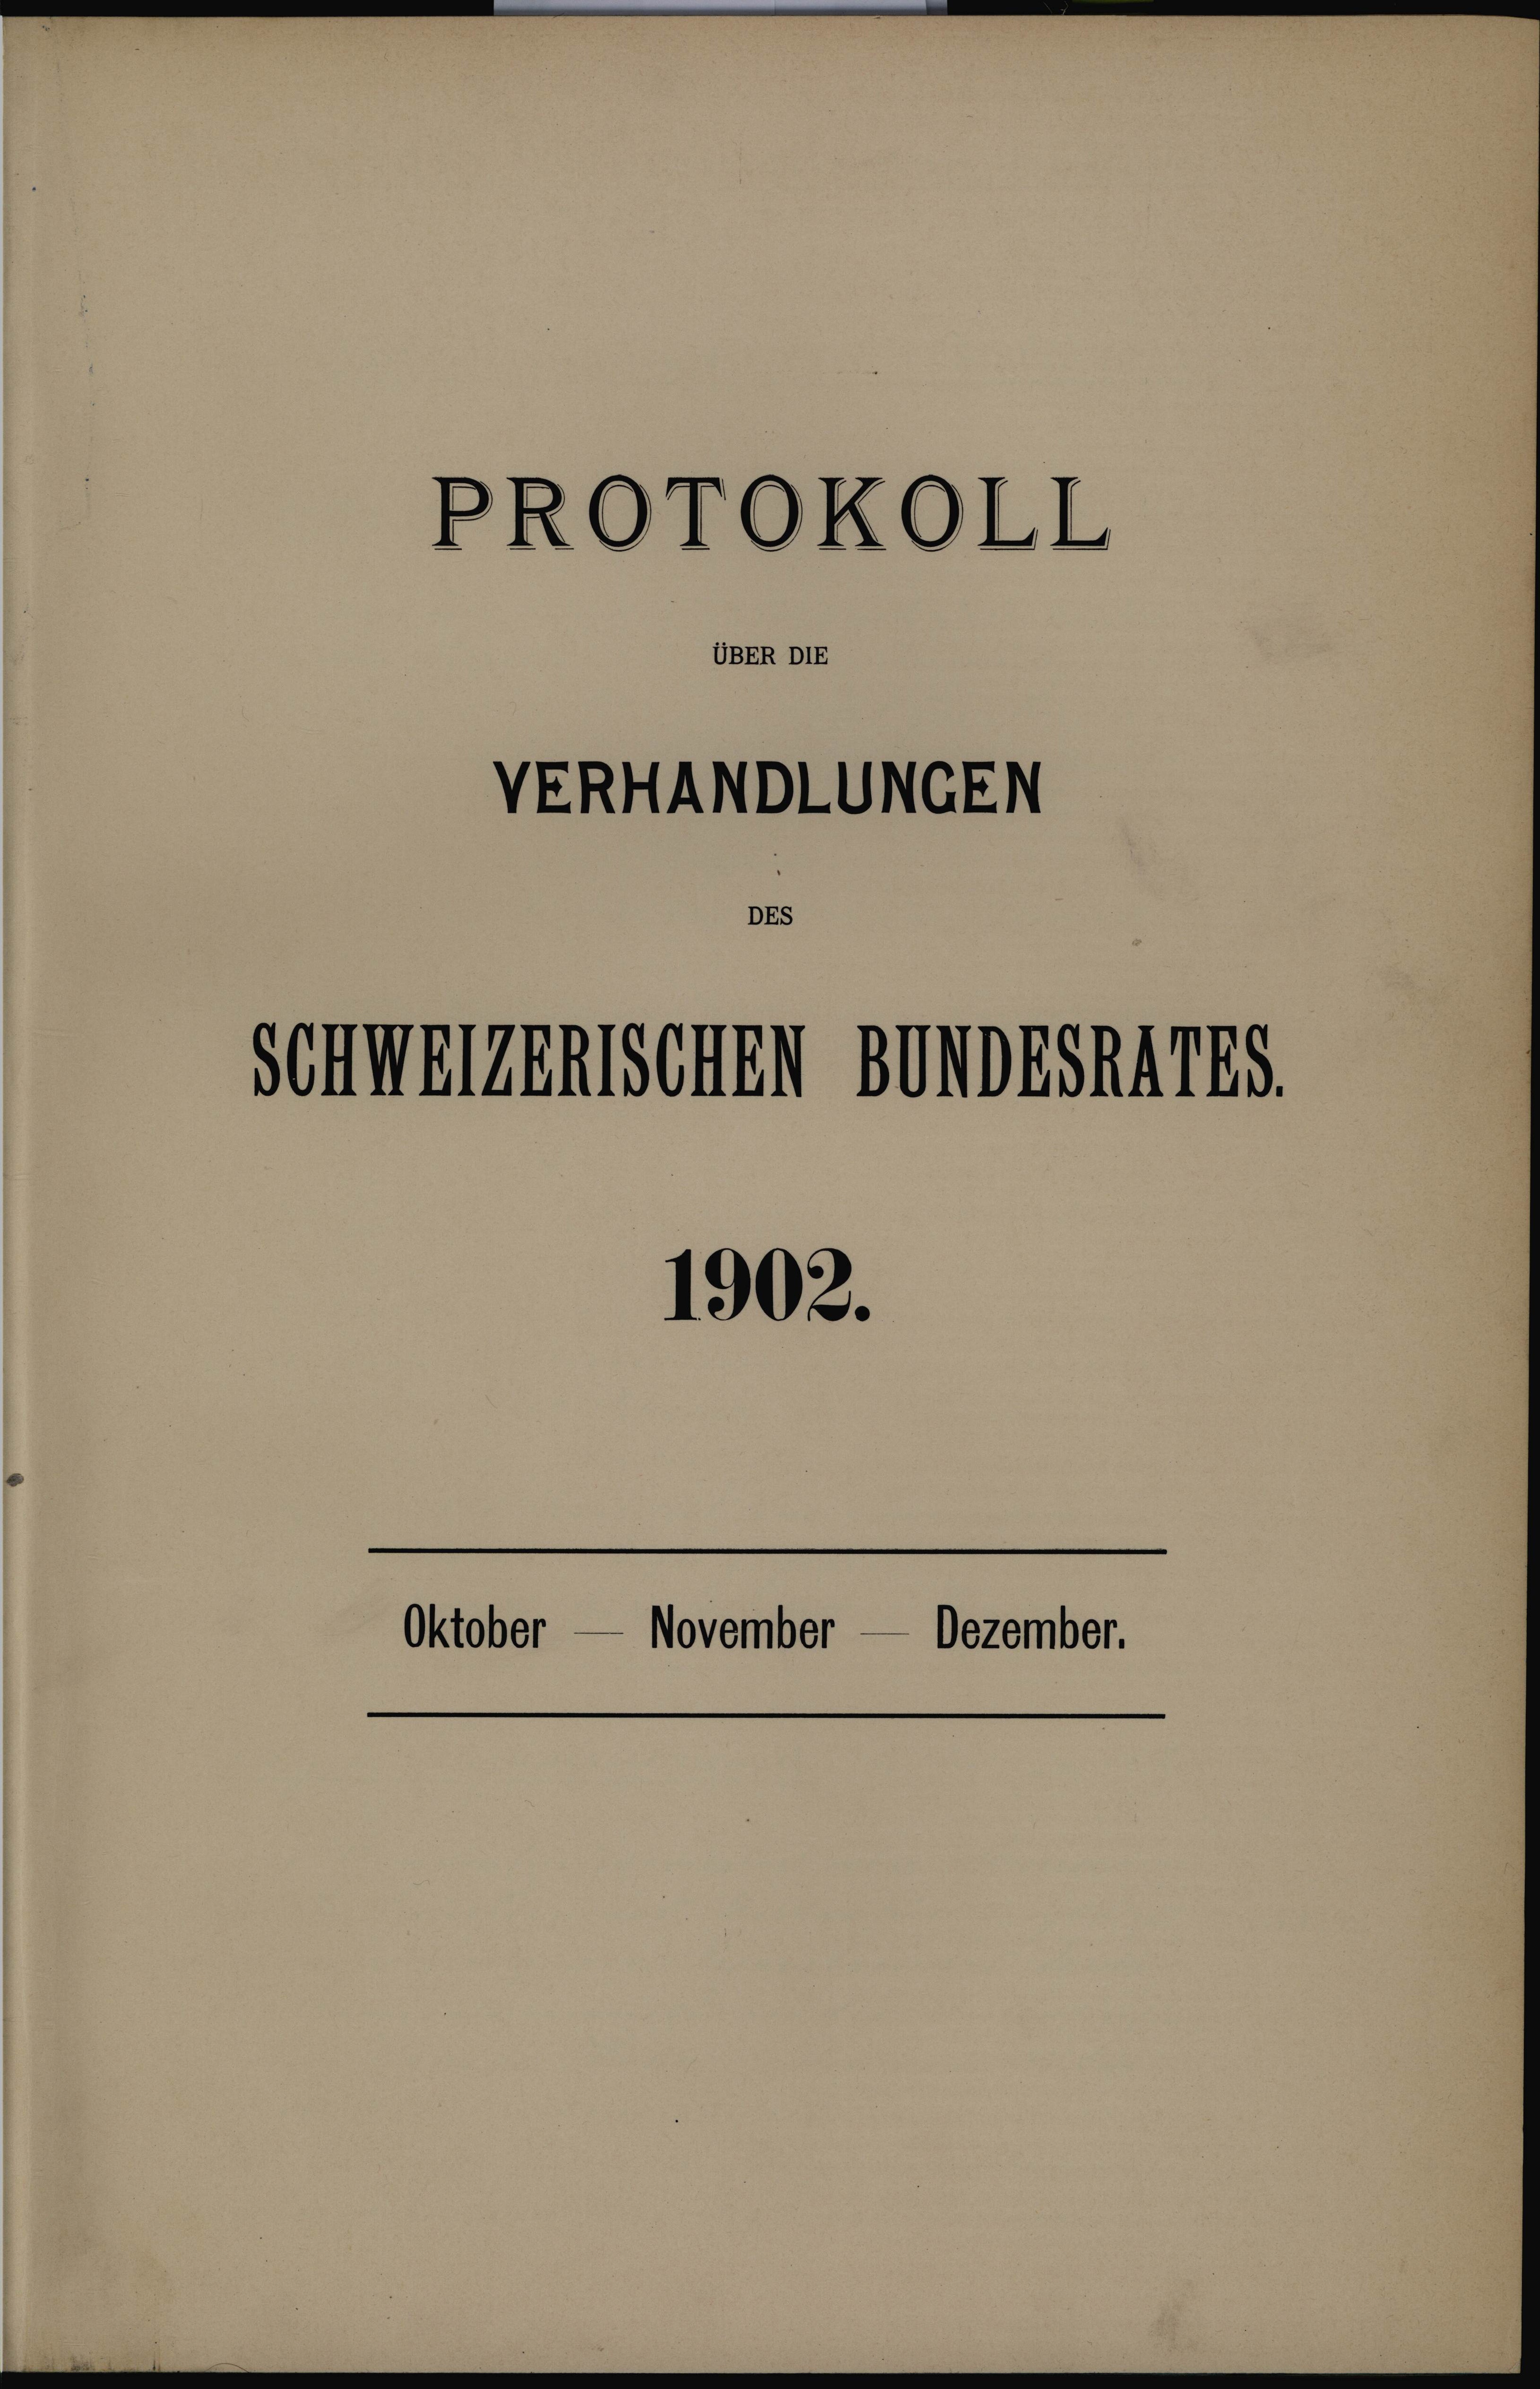
PROTOKOLL

VERHANDLUNGEN

UBER DIE

DES

Schweizerischen Bundesrates.

Oktober

1902.

November

Dezember.